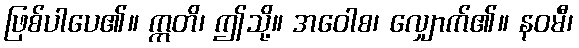
ဖြစ်ပါပေ၏။ ဣတိ၊ ဤသို့။ အဝေါစ၊ လျှောက်၏။ နဝမီ၊